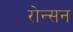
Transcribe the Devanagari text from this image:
रोन्सन